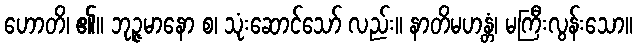
ဟောတိ၊ ၏။ ဘုဉ္ဇမာနော စ၊ သုံးဆောင်သော် လည်း။ နာတိမဟန္တံ၊ မကြီးလွန်းသော။